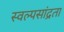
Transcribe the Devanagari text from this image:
स्वल्पसांद्रता